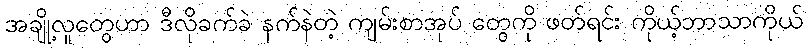
အချို့လူတွေဟာ ဒီလိုခက်ခဲ နက်နဲတဲ့ ကျမ်းစာအုပ် တွေကို ဖတ်ရင်း ကိုယ့်ဘာသာကိုယ်